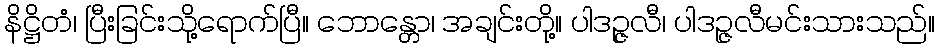
နိဋ္ဌိတံ၊ ပြီးခြင်းသို့ရောက်ပြီ။ ဘောန္တော၊ အချင်းတို့။ ပါဒဉ္ဇလီ၊ ပါဒဉ္ဇလီမင်းသားသည်။